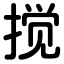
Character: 搅